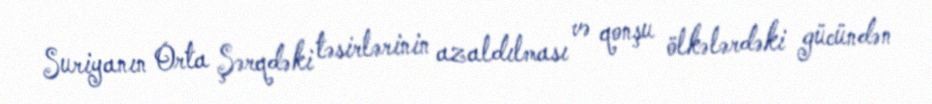
Suriyanın Orta Şərqdəki təsirlərinin azaldılması və qonşu ölkələrdəki gücündən